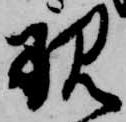
現